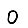
Digit: 0